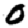
Digit: 0